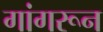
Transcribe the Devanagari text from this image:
गांगरून